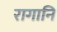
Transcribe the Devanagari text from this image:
रागानि